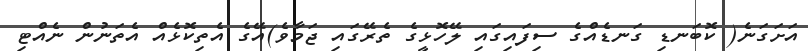
އަށަގަނެ( ކޮބަނޑި ގަނޑެއްގެ ސިފައިގައި ލޭހޮޅީގެ ތެރޭގައި ޖަމާވެ)އޭގެ އެތިކޮޅެއް އެތަނުން ނެއްޓި